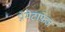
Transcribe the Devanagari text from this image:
प्रोमेटाफ़ेज़